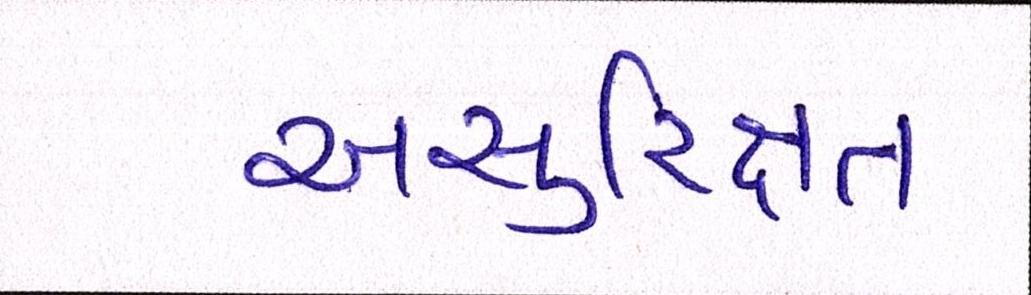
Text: અસુરિક્ષત